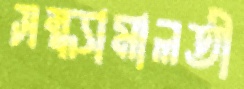
সন্ধ্যামালতী